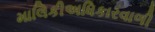
માલિકીઅધિકારવાળી